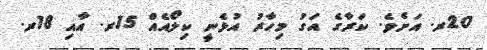
20ރ. އަށެވެ. ކަރާގެ އަގު މިހާރު އުޅެނީ ކިލޯއެއް 15ރ. އާއި 18ރ.